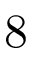
8